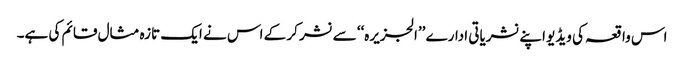
اس واقعہ کی ویڈیو اپنے نشریاتی ادارے ’’الجزیرہ‘‘ سے نشر کر کے اس نے ایک تازہ مثال قائم کی ہے۔